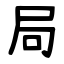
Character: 局